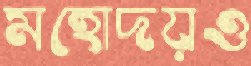
মহোদয়ও